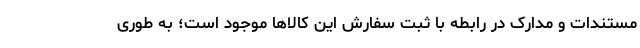
مستندات و مدارک در رابطه با ثبت سفارش این کالاها موجود است؛ به طوری